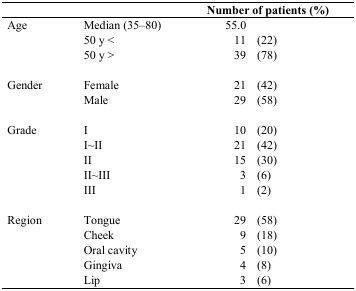
<table><thead><tr><td></td><td></td><td><b>Number of patients (%)</b></td></tr></thead><tbody><tr><td rowspan="3">Age</td><td>Median (35–80)</td><td>55.0</td></tr><tr><td>50 y &lt;</td><td>11 (22)</td></tr><tr><td>50 y &gt;</td><td>39 (78)</td></tr><tr><td rowspan="2">Gender</td><td>Female</td><td>21 (42)</td></tr><tr><td>Male</td><td>29 (58)</td></tr><tr><td rowspan="5">Grade</td><td>I</td><td>10 (20)</td></tr><tr><td>I∼II</td><td>21 (42)</td></tr><tr><td>II</td><td>15 (30)</td></tr><tr><td>II∼III</td><td>3 (6)</td></tr><tr><td>III</td><td>1 (2)</td></tr><tr><td rowspan="5">Region</td><td>Tongue</td><td>29 (58)</td></tr><tr><td>Cheek</td><td>9 (18)</td></tr><tr><td>Oral cavity</td><td>5 (10)</td></tr><tr><td>Gingiva</td><td>4 (8)</td></tr><tr><td>Lip</td><td>3 (6)</td></tr></tbody></table>